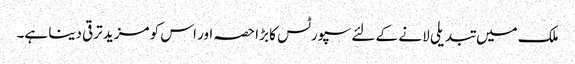
ملک میں تبدیلی لا نے کے لئے سپورٹس کا بڑا حصہ اور اس کو مزید ترقی دینا ہے۔